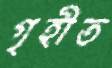
গৃহীত